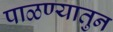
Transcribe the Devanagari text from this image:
पाळण्यातुन